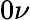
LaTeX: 0\nu